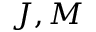
J , M